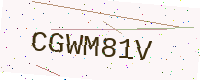
Text: CGWM81V